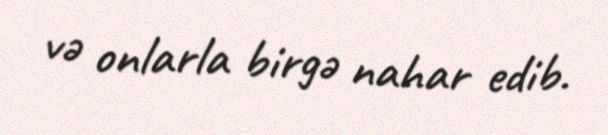
və onlarla birgə nahar edib.